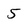
Character: 5